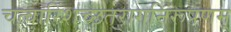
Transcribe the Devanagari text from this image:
चत्वारिंशच्छतरागनिरूपणम्‌